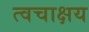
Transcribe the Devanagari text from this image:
त्वचाक्षय